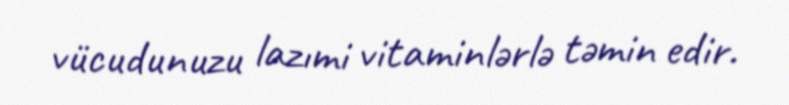
vücudunuzu lazımi vitaminlərlə təmin edir.